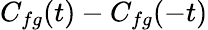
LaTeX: C_{fg}(t)-C_{fg}(-t)